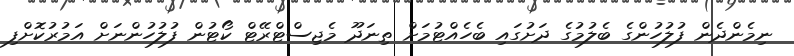
ނިމެންދެން ފުލުހުންގެ ބެލުމުގެ ދަށުގައި ބެހެއްޓުމަށް ތިނަދޫ މެޖިސްޓްރޭޓް ކޯޓުން ފުލުހުންނަށް އަމުރުކޮށްފި